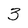
Character: 3